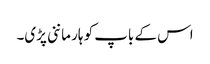
اس کے باپ کو ہار ماننی پڑی۔